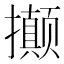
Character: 𭣇